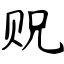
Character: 贶